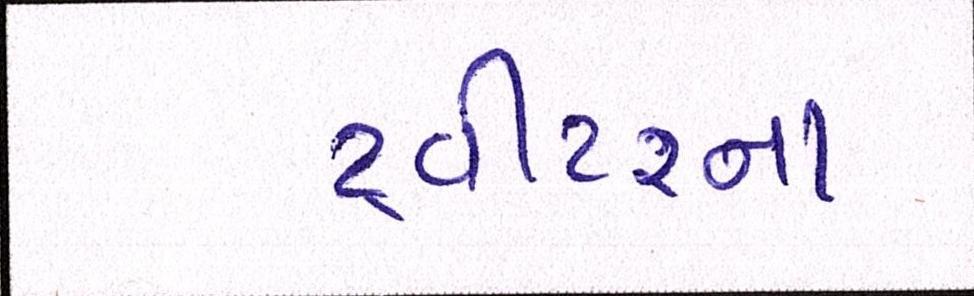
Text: ટ્વીટરના